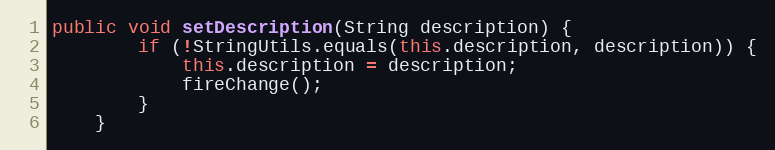
Language: Java
public void setDescription(String description) {
		if (!StringUtils.equals(this.description, description)) {
			this.description = description;
			fireChange();
		}
	}